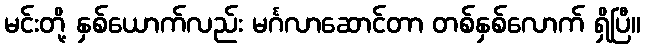
မင်းတို့ နှစ်ယောက်လည်း မင်္ဂလာဆောင်တာ တစ်နှစ်လောက် ရှိပြီ။